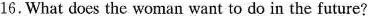
16.What does the woman want to do in the future?